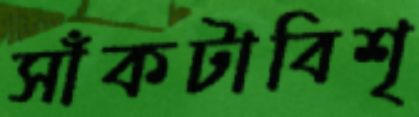
সাঁকটাবিশৃ